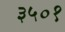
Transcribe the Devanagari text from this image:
३५०१